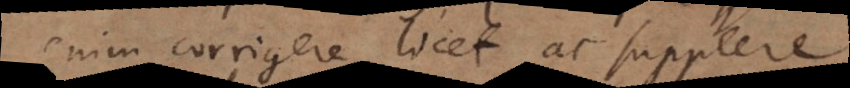
enim corrigere licet ac supplere